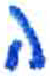
אות: ה